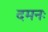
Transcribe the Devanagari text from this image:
दमनः